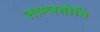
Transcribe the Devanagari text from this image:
तामरतोनि